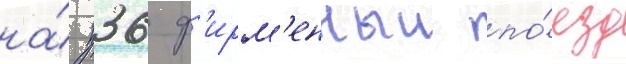
на́ п36 ф'ирм'енныи по́езд